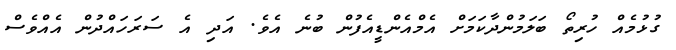
ގުޅުމެއް ހުރިތޯ ބަލަމުންދާކަމަށް އެމްއެންޑީއެފުން ބުނެ އެވެ. އަދި އެ ސަރަހައްދުން އެއްވެސް